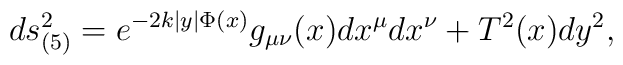
ds^2_{(5)}=e^{-2k|y|\Phi(x)} g_{\mu\nu}(x) dx^{\mu}dx^{\nu} + T^2(x)dy^2,